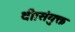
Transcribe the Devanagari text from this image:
थी।संयुक्त